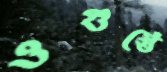
ওগুস্তেঁ